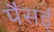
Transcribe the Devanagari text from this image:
पैसई